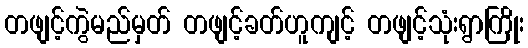
တဖျင့်ကွဲမည်မှတ် တဖျင့်ခတ်ဟူကျင့် တဖျင့်သုံးရွာကြိုး